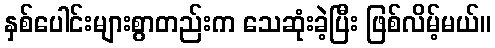
နှစ်ပေါင်းများစွာတည်းက သေဆုံးခဲ့ပြီး ဖြစ်လိမ့်မယ်။